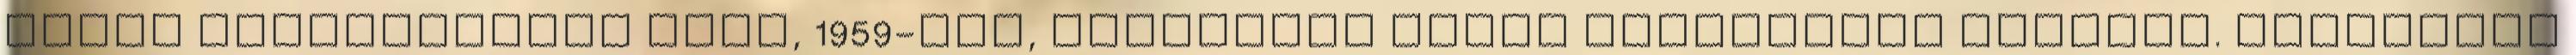
Judit formatervező műve, 1959-ből, valamiért olyan ismerősnek éreztem. Karosszék